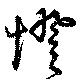
憕